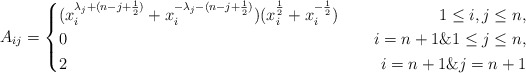
\begin{align*}A_{ij}=\left\{\begin{aligned}&(x^{\lambda_j+(n-j+\frac{1}{2})}_i+x^{-\lambda_j-(n-j+\frac{1}{2})}_i)(x^{\frac{1}{2}}_i+x^{-\frac{1}{2}}_i)~~&~~1\leq i,j\leq n,\\&0~~&~~i=n+1\& 1\leq j\leq n,\\&2~~&~~i=n+1\& j=n+1\end{aligned}\right.\end{align*}